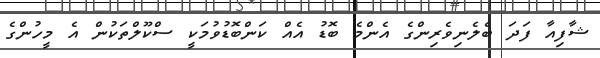
ޝާފިއާ ފަދަ ބެލެނިވެރިންގެ އެންމެ ބޮޑު އެއް ކަންބޮޑުވުމަކީ ސްކޫލްތަކުން އެ މީހުންގެ